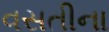
વસતીના